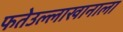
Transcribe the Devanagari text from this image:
फतेउल्लाखानाला